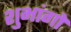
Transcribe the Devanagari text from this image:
शुभांगो